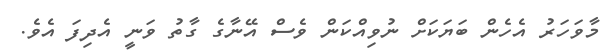
މާވަހަރު އެހެން ބަޔަކަށް ނުވިއްކަން ވެސް އޭނާގެ ގާތު ވަނީ އެދިފަ އެވެ.